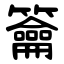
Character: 籥